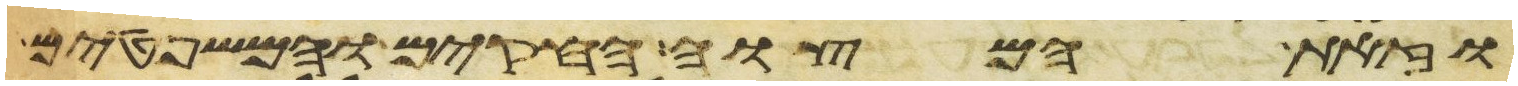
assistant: וזאת המצוה החקים והמשפטים